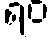
ရဝ